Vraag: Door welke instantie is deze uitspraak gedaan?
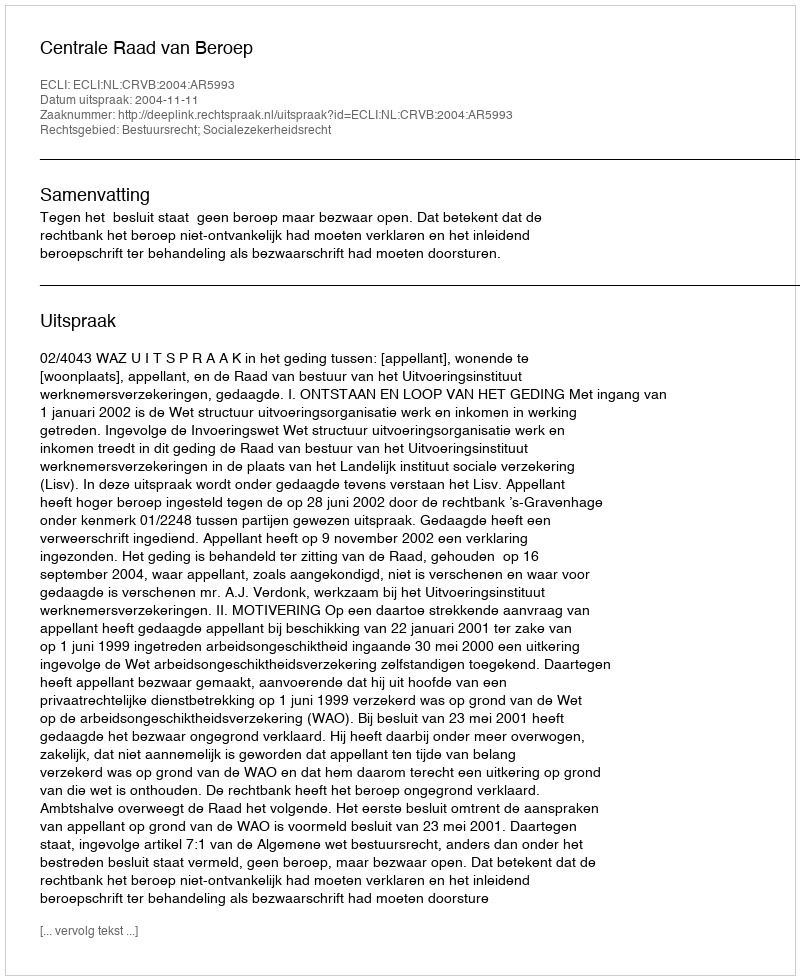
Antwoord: Centrale Raad van Beroep